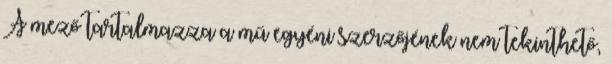
A mező tartalmazza a mű egyéni szerzőjének nem tekinthető,